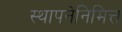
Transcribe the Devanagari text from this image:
स्थापनेनिमित्त